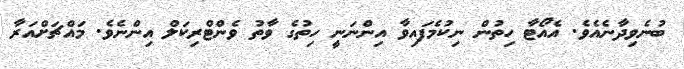
ބުނެވިދާނެއެވެ. އެއޯޓާ ހިތުން ނިކުމެފައިވާ އިންނަނީ ހިތުގެ ވާތު ވެންޓްރިކަލް އިންނެވެ. މައްޗަށްއަރާ